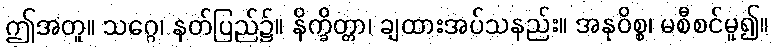
ဤအတူ။ သဂ္ဂေ၊ နတ်ပြည်၌။ နိက္ခိတ္တာ၊ ချထားအပ်သနည်း။ အနုဝိစ္စ၊ မစီစင်မူ၍။